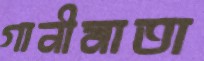
গানীমাতা